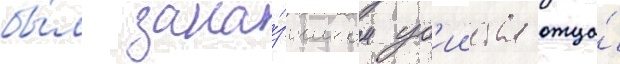
бы́л зака́зчиком уб'ииства отца́